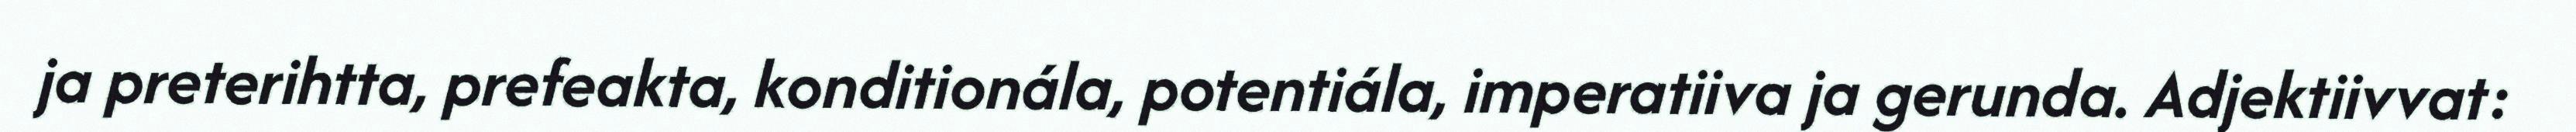
ja preterihtta, prefeakta, konditionála, potentiála, imperatiiva ja gerunda. Adjektiivvat: